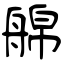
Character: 艊